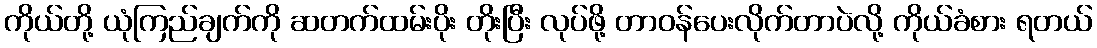
ကိုယ်တို့ ယုံကြည်ချက်ကို ဆတက်ထမ်းပိုး တိုးပြီး လုပ်ဖို့ တာဝန်ပေးလိုက်တာပဲလို့ ကိုယ်ခံစား ရတယ်